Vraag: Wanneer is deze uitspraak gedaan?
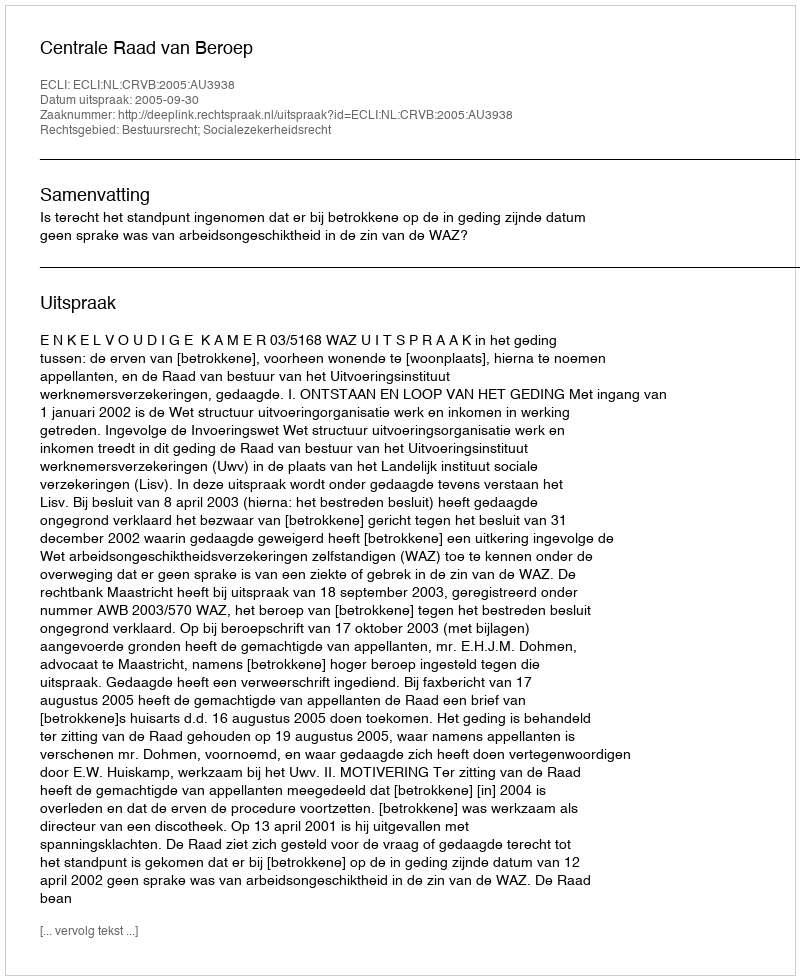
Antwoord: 2005-09-30